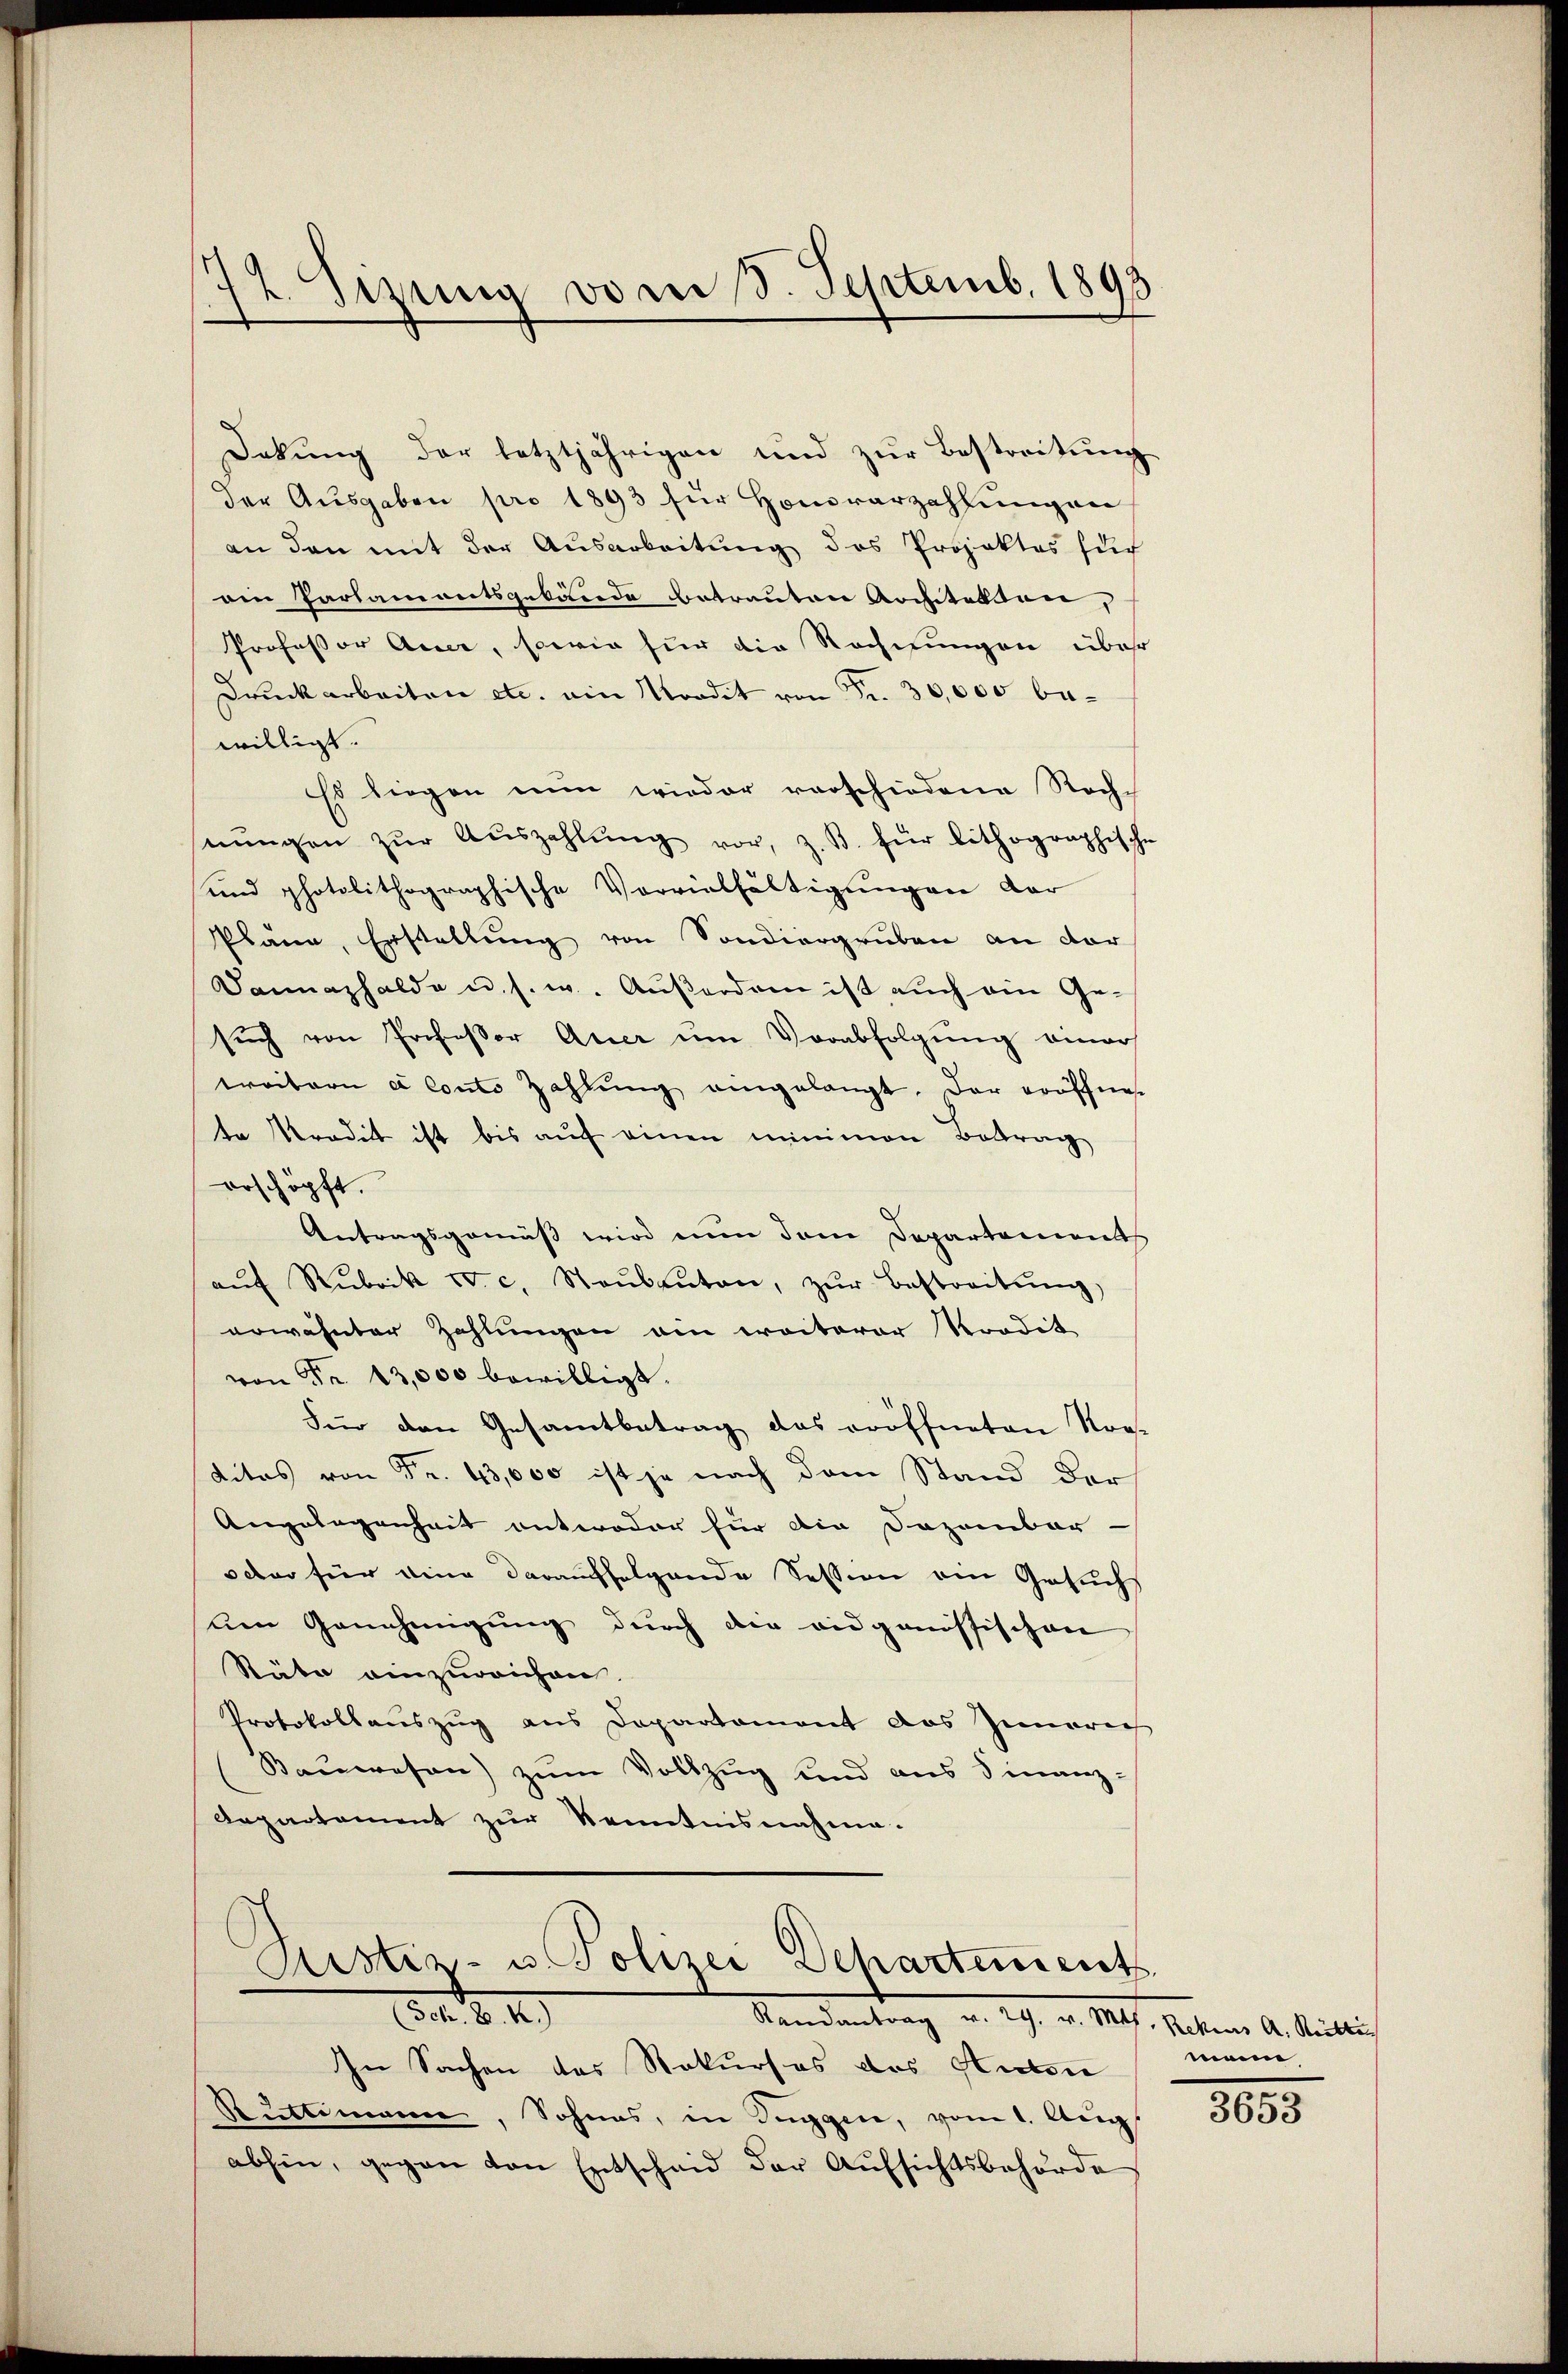
1
12. Sizung vom 3. Septemb. 1893

Dekung der letztjährigen und zur Bestreitung
der Aŭsgaben pro 1893 für Honorarzahlŭngen
an den mit der Ausarbeitung des Projektes such
ain Parlamontsgebäude betrauten Architelten,
Professor Accer, sowie für die Rechnungen über
Druckarbeiten etc. ein Mordit von Fr. 30,000 bewilligt.
Es liegen nun wieder vorschiedene Rech-
nŭngen zŭr Aŭszahlŭng vor, z. B. für lithographische
und photolithographische Vervielfältigungen dar
Pläne, Erstellung von Sondiergruben an dor
Damnaphalde u. s. w. Aŭβerdam ist aŭch ein Ge-
sŭch von Professor Arier ŭm Verabfolgung einer
weitern a Conto Zahlŭng eingelangt. Der eröffnet
te Predit ist bis aŭf einen minimen Betrag
erschöpft.
Antragsgemäß wird nun dem Departements
aŭf Rubrik IV. c. Staŭbanten, zŭr Bestreitŭng,
erwähnter Zahlungen am weiterer Prodit
von Fr. 13,000 bewilligt.
Für den Gesamtbetrag das eröffneten Rog-
ditas von Fr. 43,000 ist je nach dem Stand der
Angelegenheit antwoder für die Dozambar
oder für eine darauffolgende Session ein Gesuchs
um Genehmigung durch die vidgenössischen
Räte einzureichen
Protokollauszug aus Departament das Zimmerer
¬
Bauwesen) zum Vollzug und aus Finanz-
Aepartement zur Kenntnisnahme.
Ptistiz- u. Polizei Departement
. S. 4
Mandantrag v. 29. v. Ms. haben d. Meilich
In Sachen des Rekurses das Huben
Rüttimann, Sohnes, in Tuggen, vom 1. Aug.
abhin, gegen von Entscheid der Aŭfsichtsbehörde

mann

1855